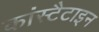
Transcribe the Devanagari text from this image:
कांस्टैटाइन